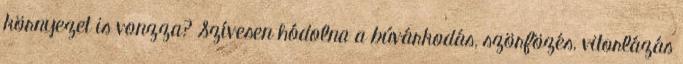
környezet is vonzza? Szívesen hódolna a búvárkodás, szörfözés, vitorlázás